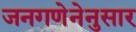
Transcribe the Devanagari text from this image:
जनगणेनेनुसार